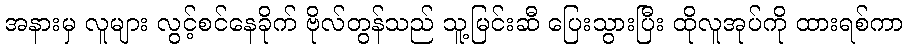
အနားမှ လူများ လွင့်စင်နေခိုက် ဗိုလ်တွန်သည် သူ့မြင်းဆီ ပြေးသွားပြီး ထိုလူအုပ်ကို ထားရစ်ကာ